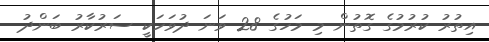
އިތުރު ކުރުމުގެ ގޮތުން މި މަހުގެ 28 ވަނަ ދުވަހަކީ ސަރުކާރު ބަންދު